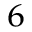
^ { 6 }